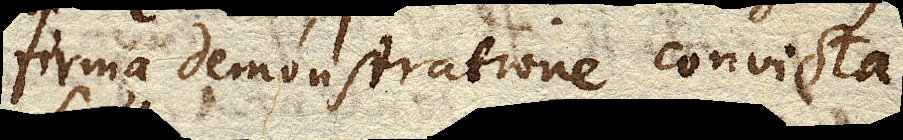
firma demonstratione convicta